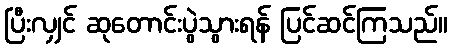
ပြီးလျှင် ဆုတောင်းပွဲသွားရန် ပြင်ဆင်ကြသည်။